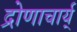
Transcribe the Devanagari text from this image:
द्रोणाचार्य्